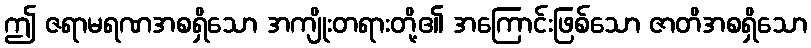
ဤ ဇရာမရဏအစရှိသော အကျိုးတရားတို့၏ အကြောင်းဖြစ်သော ဇာတိအစရှိသော